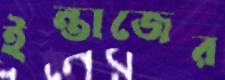
ইন্তাজের